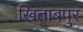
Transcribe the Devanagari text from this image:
खिताबपुर